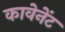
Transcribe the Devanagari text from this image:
कावेनेंट